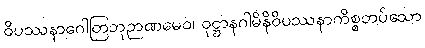
ဝိပဿနာဂေါတြဘုဉာဏမေဝ၊ ဝုဋ္ဌာနဂါမိနိဝိပဿနာကိစ္စတပ်သော